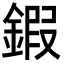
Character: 鍜